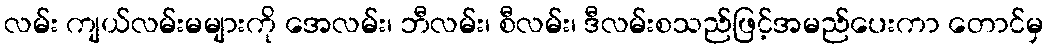
လမ်း ကျယ်လမ်းမများကို အေလမ်း၊ ဘီလမ်း၊ စီလမ်း၊ ဒီလမ်းစသည်ဖြင့်အမည်ပေးကာ တောင်မှ